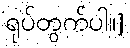
ရုပ်တွက်ပါ။]